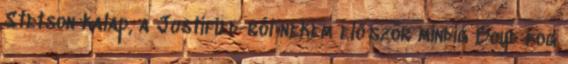
Stetson kalap, a Justified-ról nekem először mindig Boyd fog